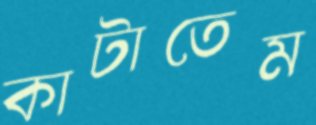
কাটাতেম